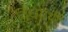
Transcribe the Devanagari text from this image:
विधयर्थी